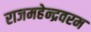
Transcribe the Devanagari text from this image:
राजमहेन्द्रवरम